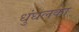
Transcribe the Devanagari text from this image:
धुंधलका